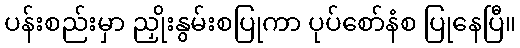
ပန်းစည်းမှာ ညှိုးနွမ်းစပြုကာ ပုပ်စော်နံစ ပြုနေပြီ။